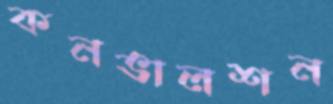
কনভালশন